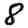
Digit: 8